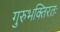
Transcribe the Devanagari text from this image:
गुरुभक्तिरतः